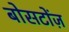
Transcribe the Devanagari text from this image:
बोसटोंज़